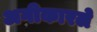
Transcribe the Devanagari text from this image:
अगीकारले